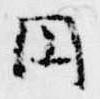
円